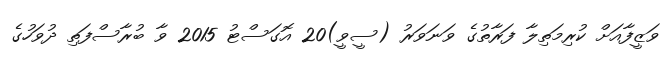
ވަޒީފާއަށް ކުރިމަތިލާ ފަރާތުގެ ވަނަވަރު (ސީވީ)20 އޮގަސްޓު 2015 ވާ ބުރާސްފަތި ދުވަހުގެ